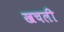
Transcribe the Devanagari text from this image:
खचली